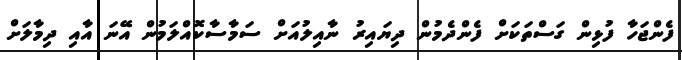
ފެންޖަހާ ފުޅިން ގަސްތަކަށް ފެންދެމުން ދިޔައިރު ނާއިލުއަށް ސަމާސާކޮއްލަމުން އޭނަ އާއި ދިމާލަށް